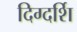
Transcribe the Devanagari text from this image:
दिग्दर्शि